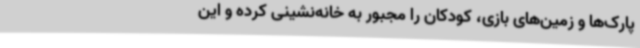
پارک‌ها و زمین‌های بازی، کودکان را مجبور به خانه‌نشینی کرده و این